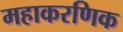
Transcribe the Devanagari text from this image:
महाकरणिक